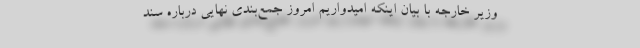
وزیر خارجه با بیان اینکه امیدواریم امروز جمع‌بندی نهایی درباره سند